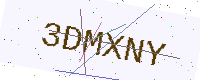
Text: 3DMXNY